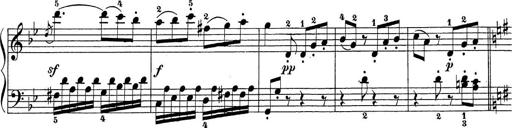
Title: Sonatina Album
Composer: Louis KÃ¶hler